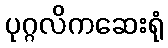
ပုဂ္ဂလိကဆေးရုံ